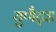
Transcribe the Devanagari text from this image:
युणैट्ड